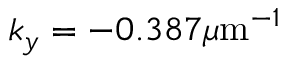
k _ { y } = - 0 . 3 8 7 \mu \mathrm { m } ^ { - 1 }